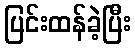
ပြင်းထန်ခဲ့ပြီး